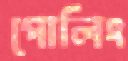
পোলিং